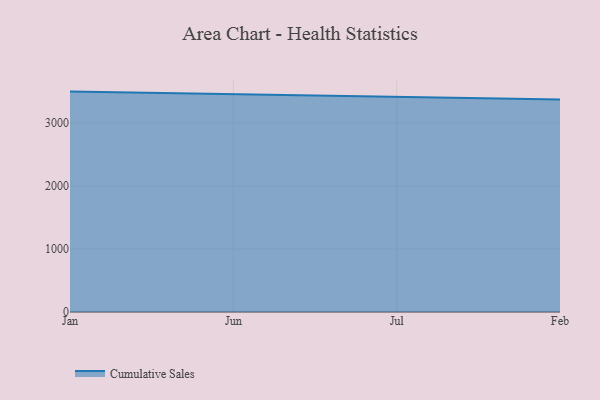
{"axis": {"x": "Month", "y": "Revenue (USD Million)"}, "legend": ["Cumulative Sales"], "data": [{"x": "Jan", "y": 3497.3, "type": "Cumulative Sales"}, {"x": "Jun", "y": 3457.0, "type": "Cumulative Sales"}, {"x": "Jul", "y": 3411.5, "type": "Cumulative Sales"}, {"x": "Feb", "y": 3370.9, "type": "Cumulative Sales"}]}